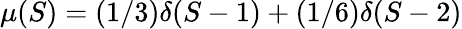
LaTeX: \mu(S)=(1/3)\delta(S-1)+(1/6)\delta(S-2)